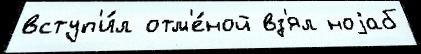
вступ'и́л отм'е́ной вз'ял ноjаб